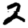
Digit: 2